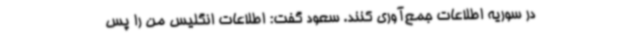
در سوریه اطلاعات جمع‌آوری کنند. سعود گفت: اطلاعات انگلیس من را پس